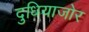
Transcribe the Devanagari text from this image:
दुधियाजोर